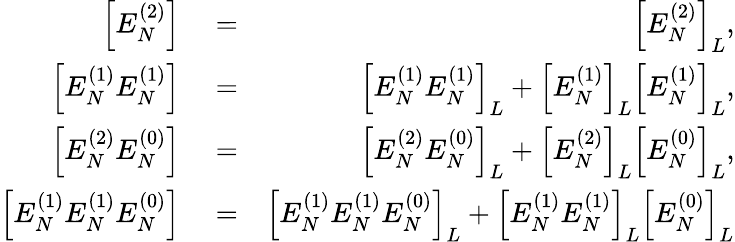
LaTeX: \begin{array}{rlr}{\Big[E_{N}^{(2)}\Big]}&{{}=}&{\Big[E_{N}^{(2)}\Big]_{L},}\\ {\Big[E_{N}^{(1)}E_{N}^{(1)}\Big]}&{{}=}&{\Big[E_{N}^{(1)}E_{N}^{(1)}\Big]_{L}+\Big[E_{N}^{(1)}\Big]_{L}\Big[E_{N}^{(1)}\Big]_{L},}\\ {\Big[E_{N}^{(2)}E_{N}^{(0)}\Big]}&{{}=}&{\Big[E_{N}^{(2)}E_{N}^{(0)}\Big]_{L}+\Big[E_{N}^{(2)}\Big]_{L}\Big[E_{N}^{(0)}\Big]_{L},}\\ {\Big[E_{N}^{(1)}E_{N}^{(1)}E_{N}^{(0)}\Big]}&{{}=}&{\Big[E_{N}^{(1)}E_{N}^{(1)}E_{N}^{(0)}\Big]_{L}+\Big[E_{N}^{(1)}E_{N}^{(1)}\Big]_{L}\Big[E_{N}^{(0)}\Big]_{L}}\end{array}